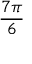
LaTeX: \frac { 7 \pi } { 6 }